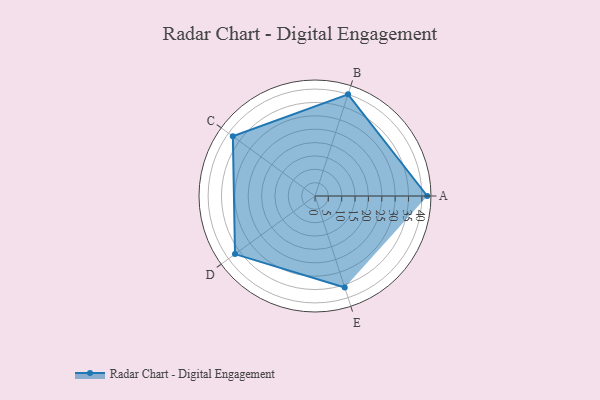
{"axis": {"x": "Skill", "y": "Score"}, "legend": ["Profile"], "data": [{"x": "A", "y": 42.0, "type": "Profile"}, {"x": "B", "y": 40.0, "type": "Profile"}, {"x": "C", "y": 38.0, "type": "Profile"}, {"x": "D", "y": 37.0, "type": "Profile"}, {"x": "E", "y": 36.0, "type": "Profile"}]}